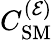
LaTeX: C_{\mathrm{SM}}^{({\cal E})}